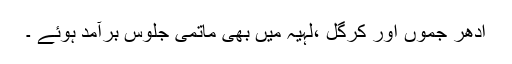
ادھر جموں اور کرگل ،لہیہ میں بھی ماتمی جلوس برآمد ہوئے ۔